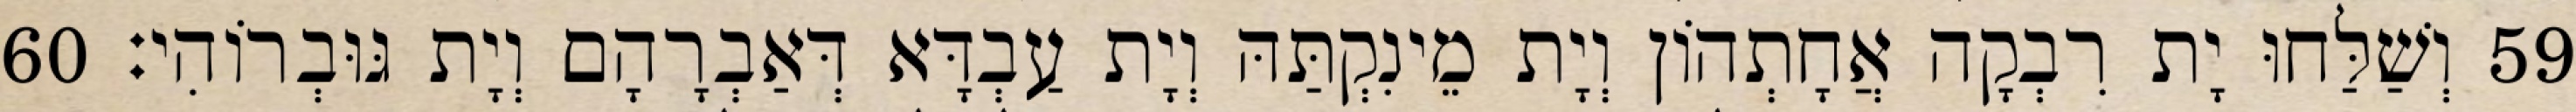
59 וְשַׁלַּחוּ יָת רִבְקָה אֲחָתְהוֹן וְיָת מֵינִקְתַּהּ וְיָת עַבְדָּא דְּאַבְרָהָם וְיָת גּוּבְרוֹהִי׃ 60